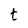
Character: t